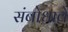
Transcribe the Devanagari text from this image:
संबोधावे